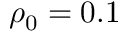
\rho _ { 0 } = 0 . 1